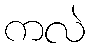
ကလဲ